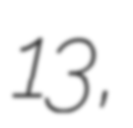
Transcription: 13,